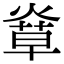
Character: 𤌸